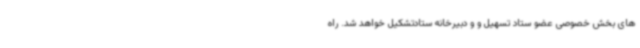
های بخش خصوصی عضو ستاد تسهیل و و دبیرخانه ستادتشکیل خواهد شد. راه